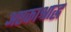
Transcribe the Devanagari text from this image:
अष्टकाश्राद्ध